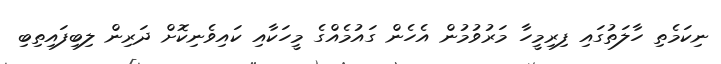
ނިކަމެތި ހާލަތުގައި ފިރިމީހާ މަރުވުމުން އެހެން ގައުމެއްގެ މީހަކާއި ކައިވެނިކޮށް ދަރިން ލިބިފައިތިބި